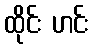
ထိုင်း ဟင်း